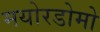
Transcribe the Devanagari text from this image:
मयोरडोमो